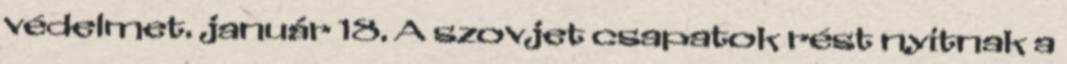
védelmet. január 18. A szovjet csapatok rést nyitnak a